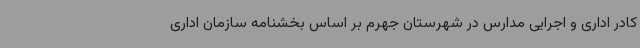
کادر اداری و اجرایی مدارس در شهرستان جهرم بر اساس بخشنامه سازمان اداری